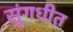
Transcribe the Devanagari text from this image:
सुंगधीत